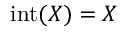
\operatorname { i n t } ( X ) = X